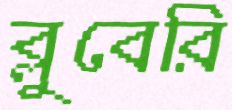
ব্লুবেরি